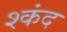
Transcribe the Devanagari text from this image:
श्कंद